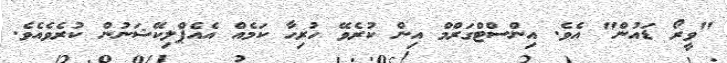
"ވީރޯ ޑައުން" އެވެ. އިންސްޓްގަރްމް އިން ކުރެވޭ ހުރިހާ ކަމެއް އެއެޕްލިކޭޝަނުން ކުރެވެއެވެ.